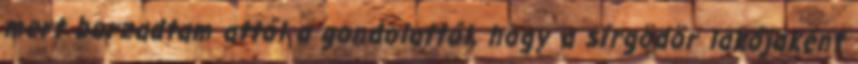
mert borzadtam attól a gondolattól, hogy a sírgödör lakójaként